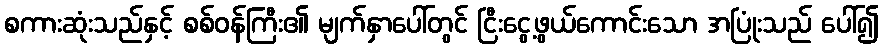
စကားဆုံးသည်နှင့် စစ်ဝန်ကြီး၏ မျက်နှာပေါ်တွင် ငြီးငွေ့ဖွယ်ကောင်းသော အပြုံးသည် ပေါ်၍